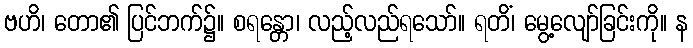
ဗဟိ၊ တော၏ ပြင်ဘက်၌။ စရန္တော၊ လည့်လည်ရသော်။ ရတိံ၊ မွေ့လျော်ခြင်းကို။ န